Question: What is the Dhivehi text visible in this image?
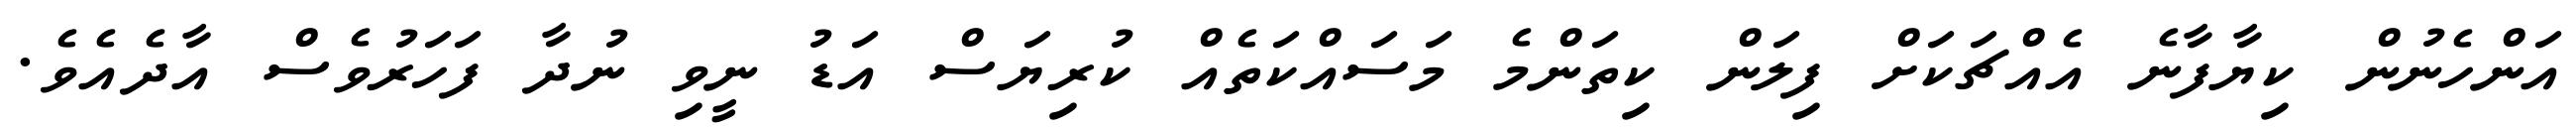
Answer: އަންހެނުން ކިޔާފާނެ އެއްޗަކަށް ފިލަން ކިތަންމެ މަސައްކަތެއް ކުރިޔަސް އަޑު ނީވި ނުދާ ފަހަރުވެސް އާދެއެވެ.